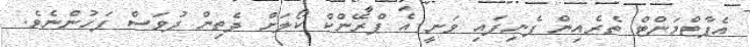
އެޕާޓްމަންޓް ތެރެއިން ފެނިފައި ވަނީ އެ ޕްރޭންކް ކޯލަށް ދެތިން ދުވަސް ފަހުންނެވެ.